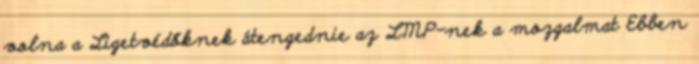
volna a Ligetvédőknek átengednie az LMP-nek a mozgalmat Ebben